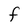
Character: F